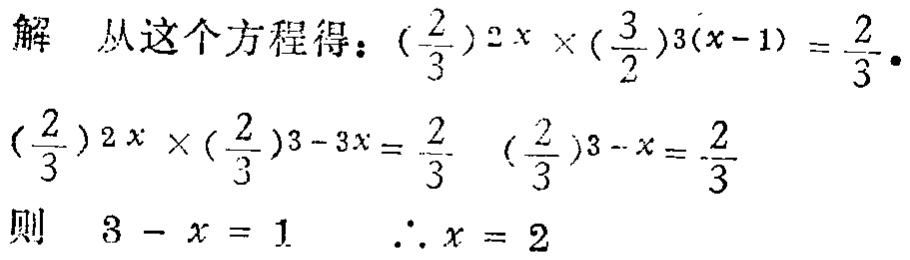
解 从这个方程得：\((\frac{2}{3})^{2x} \times (\frac{3}{2})^{3(x - 1)} = \frac{2}{3}\)．

\((\frac{2}{3})^{2x} \times (\frac{2}{3})^{3 - 3x} = \frac{2}{3}\)  \( (\frac{2}{3})^{3 - x} = \frac{2}{3}\)

则 \(3 - x = 1\)  \(\therefore x = 2\)